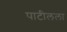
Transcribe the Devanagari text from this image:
पाटीलला